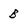
Character: B